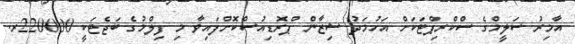
އާމިރު ސަލީމްގެ ސްކްރިޕްޓަކަށް އަހުމަދު ޝިޒާން ޕްރޮޑިއުސްކޮށްފައިވާ މި ފިލްމުގެ ބަޖެޓަކީ 220000ރ.